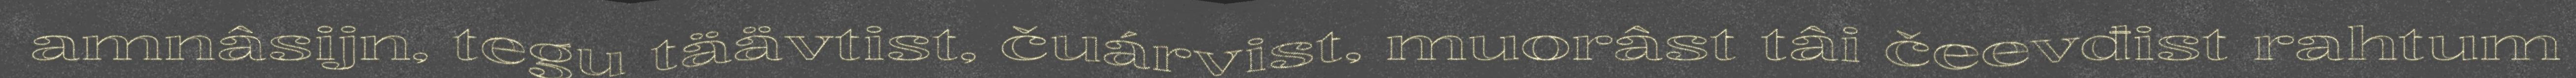
amnâsijn, tegu täävtist, čuárvist, muorâst tâi čeevđist rahtum